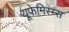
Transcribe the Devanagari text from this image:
यूफेमिस्म्स